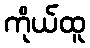
ကိုယ်ထူ